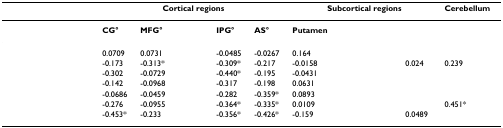
<table><thead><tr><td>[EMPTY_CELL]</td><td colspan="5"><b>Cortical regions</b></td><td colspan="3"><b>Subcortical regions</b></td><td><b>Cerebellum</b></td></tr></thead><tbody><tr><td>[EMPTY_CELL]</td><td><b>CG°</b></td><td><b>MFG°</b></td><td>[EMPTY_CELL]</td><td><b>IPG°</b></td><td><b>AS°</b></td><td><b>Putamen</b></td><td>[EMPTY_CELL]</td><td>[EMPTY_CELL]</td><td>[EMPTY_CELL]</td></tr><tr><td>[EMPTY_CELL]</td><td>0.0709</td><td>0.0731</td><td>[EMPTY_CELL]</td><td>-0.0485</td><td>-0.0267</td><td>0.164</td><td>[EMPTY_CELL]</td><td>[EMPTY_CELL]</td><td>[EMPTY_CELL]</td></tr><tr><td>[EMPTY_CELL]</td><td>-0.173</td><td>-0.313*</td><td>[EMPTY_CELL]</td><td>-0.309*</td><td>-0.217</td><td>-0.0158</td><td>[EMPTY_CELL]</td><td>0.024</td><td>0.239</td></tr><tr><td>[EMPTY_CELL]</td><td>-0.302</td><td>-0.0729</td><td>[EMPTY_CELL]</td><td>-0.440*</td><td>-0.195</td><td>-0.0431</td><td>[EMPTY_CELL]</td><td>[EMPTY_CELL]</td><td>[EMPTY_CELL]</td></tr><tr><td>[EMPTY_CELL]</td><td>-0.142</td><td>-0.0968</td><td>[EMPTY_CELL]</td><td>-0.317</td><td>-0.198</td><td>0.0631</td><td>[EMPTY_CELL]</td><td>[EMPTY_CELL]</td><td>[EMPTY_CELL]</td></tr><tr><td>[EMPTY_CELL]</td><td>-0.0686</td><td>-0.0459</td><td>[EMPTY_CELL]</td><td>-0.282</td><td>-0.359*</td><td>0.0893</td><td>[EMPTY_CELL]</td><td>[EMPTY_CELL]</td><td>[EMPTY_CELL]</td></tr><tr><td>[EMPTY_CELL]</td><td>-0.276</td><td>-0.0955</td><td>[EMPTY_CELL]</td><td>-0.364*</td><td>-0.335*</td><td>0.0109</td><td>[EMPTY_CELL]</td><td>[EMPTY_CELL]</td><td>0.451*</td></tr><tr><td>[EMPTY_CELL]</td><td>-0.453*</td><td>-0.233</td><td>[EMPTY_CELL]</td><td>-0.356*</td><td>-0.426*</td><td>-0.159</td><td>[EMPTY_CELL]</td><td>0.0489</td><td>[EMPTY_CELL]</td></tr></tbody></table>